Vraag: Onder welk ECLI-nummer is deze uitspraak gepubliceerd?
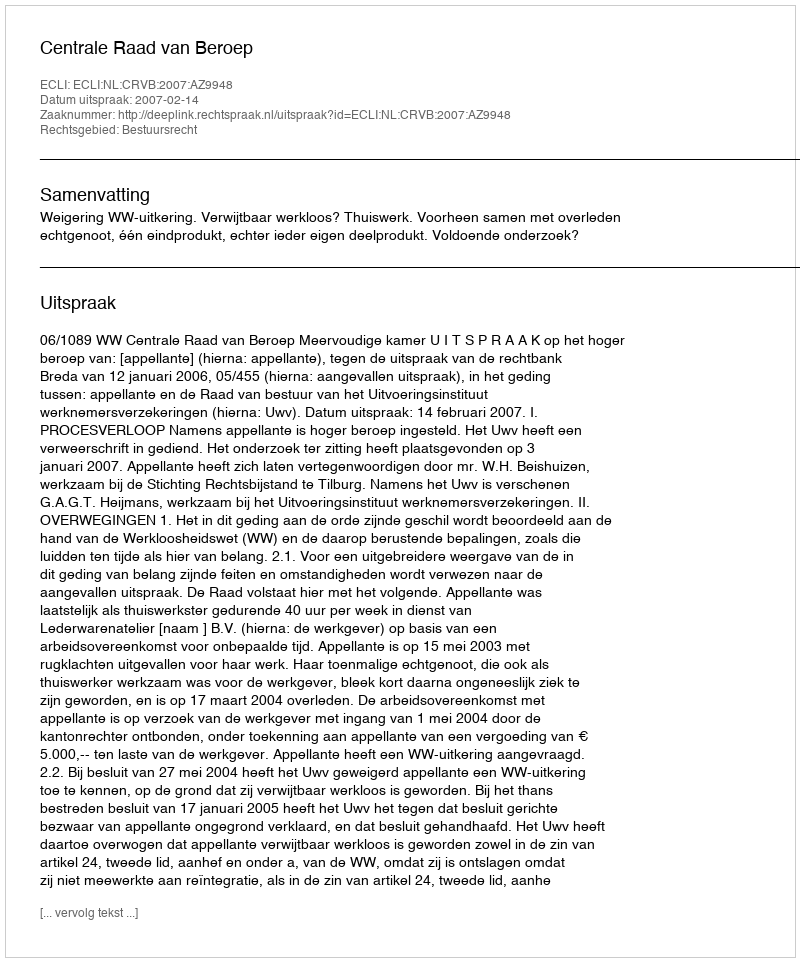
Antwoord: ECLI:NL:CRVB:2007:AZ9948